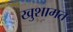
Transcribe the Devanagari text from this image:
खुशामत